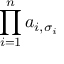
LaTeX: \prod _ { i = 1 } ^ { n } a _ { i , \sigma _ { i } }